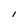
Character: i